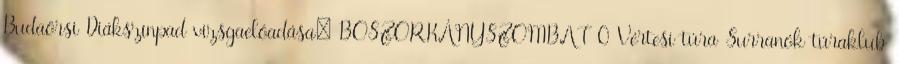
Budaörsi Diákszínpad vizsgaelőadása: BOSZORKÁNYSZOMBAT 0 Vértesi túra Surranók túraklub